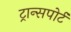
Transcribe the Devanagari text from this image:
ट्रान्‍सपोर्ट